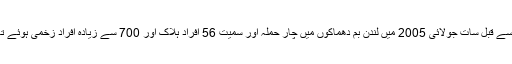
اس سے قبل سات جولائی 2005 میں لندن بم دھماکوں میں چار حملہ آور سمیت 56 افراد ہلاک اور 700 سے زیادہ افراد زخمی ہوئے تھے۔